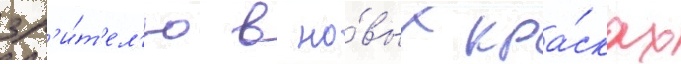
зр'и́т'ел'ю в но́вых кра́сках